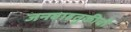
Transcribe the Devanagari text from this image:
जनवाहतुकीची